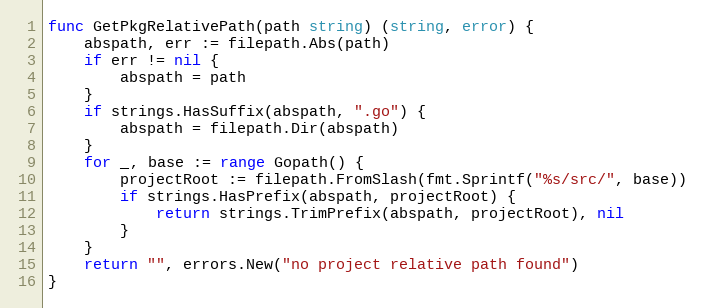
Language: Go
func GetPkgRelativePath(path string) (string, error) {
	abspath, err := filepath.Abs(path)
	if err != nil {
		abspath = path
	}
	if strings.HasSuffix(abspath, ".go") {
		abspath = filepath.Dir(abspath)
	}
	for _, base := range Gopath() {
		projectRoot := filepath.FromSlash(fmt.Sprintf("%s/src/", base))
		if strings.HasPrefix(abspath, projectRoot) {
			return strings.TrimPrefix(abspath, projectRoot), nil
		}
	}
	return "", errors.New("no project relative path found")
}